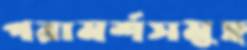
পরামর্শসমূহ